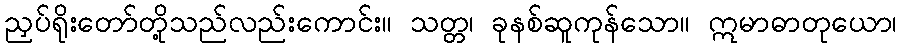
ညှပ်ရိုးတော်တို့သည်လည်းကောင်း။ သတ္တ၊ ခုနစ်ဆူကုန်သော။ ဣမာဓာတုယော၊